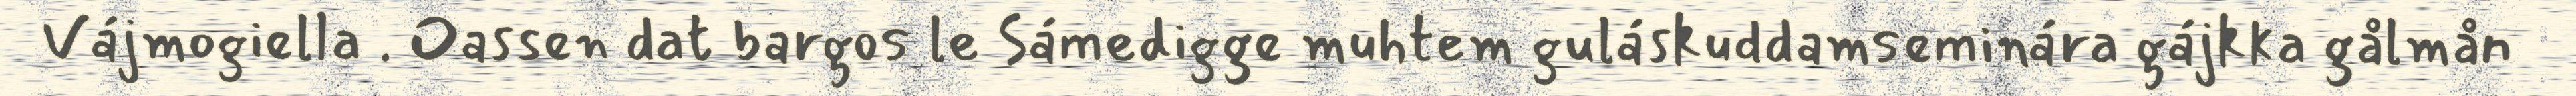
Vájmogiella . Oassen dat bargos le Sámedigge muhtem guláskuddamseminára gájkka gålmån